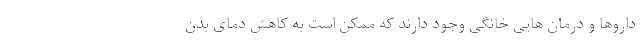
داروها و درمان هایی خانگی وجود دارند که ممکن است به کاهش دمای بدن